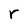
Character: r